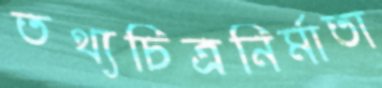
তথ্যচিত্রনির্মাতা